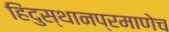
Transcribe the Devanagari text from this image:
हिंदुस्थानप्रमाणेच